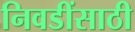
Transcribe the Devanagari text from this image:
निवडींसाठी